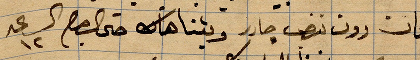
بلخان دون .. بتنا هناك حتى الليل الساعة ١٢